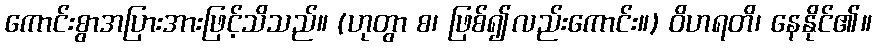
ကောင်းစွာအပြားအားဖြင့်သိသည်။ (ဟုတွာ စ၊ ဖြစ်၍လည်းကောင်း။) ဝိဟရတိ၊ နေနိုင်၏။